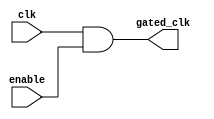
module ClockGatingCell (
    input wire clk,          // Main clock input
    input wire enable,       // Enable signal
    output wire gated_clk    // Gated clock output
);
    // Gated clock logic
    assign gated_clk = clk & enable; // AND gate for clock gating
endmodule